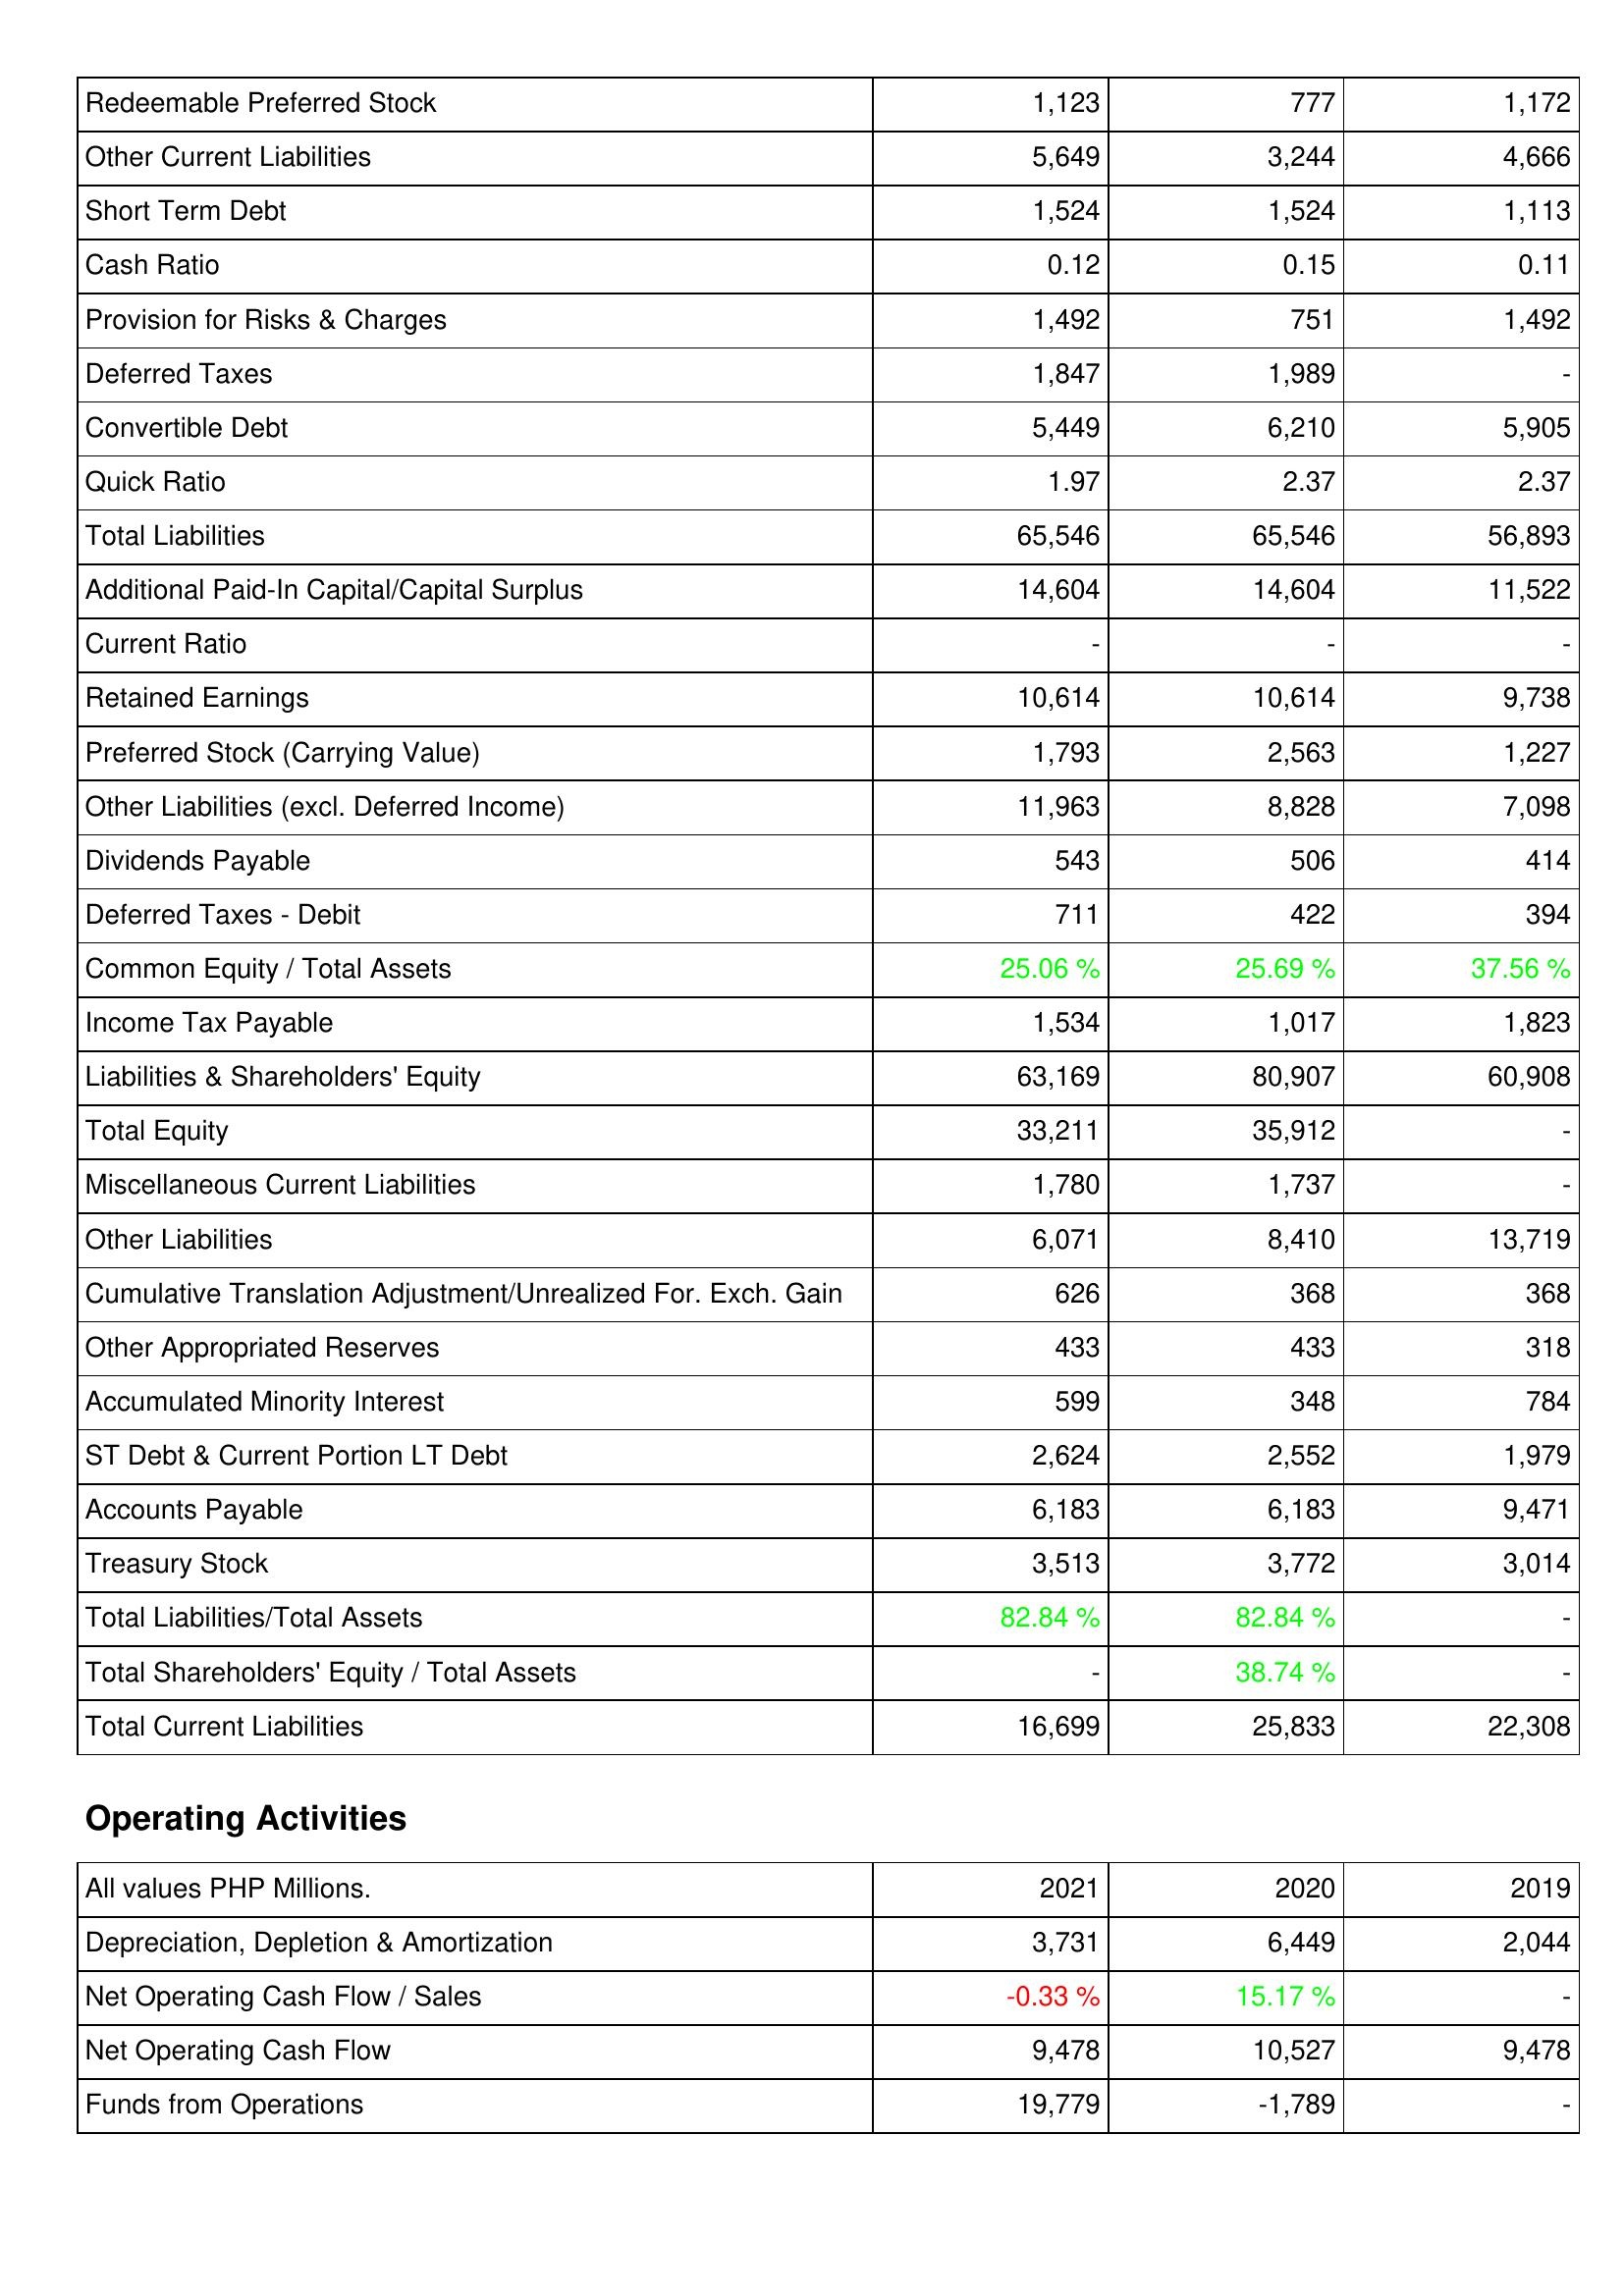
2021: Liabilities & Shareholders' Equity: Redeemable Preferred Stock: 1,123
Other Current Liabilities: 5,649
Short Term Debt: 1,524
Cash Ratio: 0.12
Provision for Risks & Charges: 1,492
Deferred Taxes: 1,847
Convertible Debt: 5,449
Quick Ratio: 1.97
Total Liabilities: 65,546
Additional Paid-In Capital/Capital Surplus: 14,604
Current Ratio: -
Retained Earnings: 10,614
Preferred Stock (Carrying Value): 1,793
Other Liabilities (excl. Deferred Income): 11,963
Dividends Payable: 543
Deferred Taxes - Debit: 711
Common Equity / Total Assets: 25.06 %
Income Tax Payable: 1,534
Liabilities & Shareholders' Equity: 63,169
Total Equity: 33,211
Miscellaneous Current Liabilities: 1,780
Other Liabilities: 6,071
Cumulative Translation Adjustment/Unrealized For. Exch. Gain: 626
Other Appropriated Reserves: 433
Accumulated Minority Interest: 599
ST Debt & Current Portion LT Debt: 2,624
Accounts Payable: 6,183
Treasury Stock: 3,513
Total Liabilities/Total Assets: 82.84 %
Total Shareholders' Equity / Total Assets: -
Total Current Liabilities: 16,699
Operating Activities: Depreciation, Depletion & Amortization: 3,731
Net Operating Cash Flow / Sales: -0.33 %
Net Operating Cash Flow: 9,478
Funds from Operations: 19,779
2020: Liabilities & Shareholders' Equity: Redeemable Preferred Stock: 777
Other Current Liabilities: 3,244
Short Term Debt: 1,524
Cash Ratio: 0.15
Provision for Risks & Charges: 751
Deferred Taxes: 1,989
Convertible Debt: 6,210
Quick Ratio: 2.37
Total Liabilities: 65,546
Additional Paid-In Capital/Capital Surplus: 14,604
Current Ratio: -
Retained Earnings: 10,614
Preferred Stock (Carrying Value): 2,563
Other Liabilities (excl. Deferred Income): 8,828
Dividends Payable: 506
Deferred Taxes - Debit: 422
Common Equity / Total Assets: 25.69 %
Income Tax Payable: 1,017
Liabilities & Shareholders' Equity: 80,907
Total Equity: 35,912
Miscellaneous Current Liabilities: 1,737
Other Liabilities: 8,410
Cumulative Translation Adjustment/Unrealized For. Exch. Gain: 368
Other Appropriated Reserves: 433
Accumulated Minority Interest: 348
ST Debt & Current Portion LT Debt: 2,552
Accounts Payable: 6,183
Treasury Stock: 3,772
Total Liabilities/Total Assets: 82.84 %
Total Shareholders' Equity / Total Assets: 38.74 %
Total Current Liabilities: 25,833
Operating Activities: Depreciation, Depletion & Amortization: 6,449
Net Operating Cash Flow / Sales: 15.17 %
Net Operating Cash Flow: 10,527
Funds from Operations: -1,789
2019: Liabilities & Shareholders' Equity: Redeemable Preferred Stock: 1,172
Other Current Liabilities: 4,666
Short Term Debt: 1,113
Cash Ratio: 0.11
Provision for Risks & Charges: 1,492
Deferred Taxes: -
Convertible Debt: 5,905
Quick Ratio: 2.37
Total Liabilities: 56,893
Additional Paid-In Capital/Capital Surplus: 11,522
Current Ratio: -
Retained Earnings: 9,738
Preferred Stock (Carrying Value): 1,227
Other Liabilities (excl. Deferred Income): 7,098
Dividends Payable: 414
Deferred Taxes - Debit: 394
Common Equity / Total Assets: 37.56 %
Income Tax Payable: 1,823
Liabilities & Shareholders' Equity: 60,908
Total Equity: -
Miscellaneous Current Liabilities: -
Other Liabilities: 13,719
Cumulative Translation Adjustment/Unrealized For. Exch. Gain: 368
Other Appropriated Reserves: 318
Accumulated Minority Interest: 784
ST Debt & Current Portion LT Debt: 1,979
Accounts Payable: 9,471
Treasury Stock: 3,014
Total Liabilities/Total Assets: -
Total Shareholders' Equity / Total Assets: -
Total Current Liabilities: 22,308
Operating Activities: Depreciation, Depletion & Amortization: 2,044
Net Operating Cash Flow / Sales: -
Net Operating Cash Flow: 9,478
Funds from Operations: -